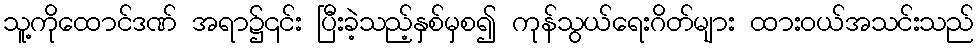
သူ့ကိုထောင်ဒဏ် အရာ၌၎င်း ပြီးခဲ့သည့်နှစ်မှစ၍ ကုန်သွယ်ရေးဂိတ်များ ထားဝယ်အသင်းသည်